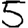
Digit: 5